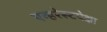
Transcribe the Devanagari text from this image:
एव्हरेस्टपेक्षा